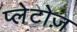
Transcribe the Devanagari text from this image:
प्लेटोज़